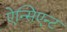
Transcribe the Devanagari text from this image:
ऐन्सिएन्ट